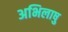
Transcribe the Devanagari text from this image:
अभिलाषु